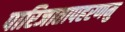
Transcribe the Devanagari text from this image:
पारिजातापहरणमु